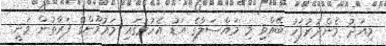
މިއަދު މެންދުރުފަހު ބޭއްވި މި މައްސަލާގެ އަޑު އެހުމުގައި މައުމޫންގެ ފަރާތުން ވަނީ